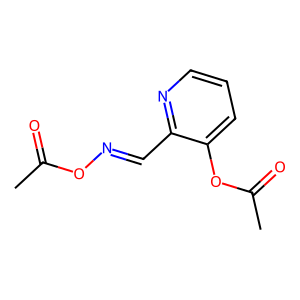
SMILES: CC(=O)ON=Cc1ncccc1OC(C)=O
Inhibits HIV replication: No